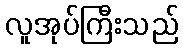
လူအုပ်ကြီးသည်